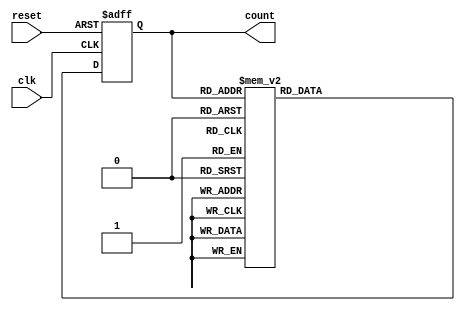
module gray_code_counter (
    input wire clk,
    input wire reset,
    output reg [3:0] count
);

always @(posedge clk or posedge reset) begin
    if (reset) begin
        count <= 4'b0000;
    end else begin
        case(count)
            4'b0000: count <= 4'b0001;
            4'b0001: count <= 4'b0011;
            4'b0011: count <= 4'b0010;
            4'b0010: count <= 4'b0110;
            4'b0110: count <= 4'b0111;
            4'b0111: count <= 4'b0101;
            4'b0101: count <= 4'b0100;
            4'b0100: count <= 4'b1100;
            4'b1100: count <= 4'b1101;
            4'b1101: count <= 4'b1111;
            4'b1111: count <= 4'b1110;
            4'b1110: count <= 4'b1010;
            4'b1010: count <= 4'b1011;
            4'b1011: count <= 4'b1001;
            4'b1001: count <= 4'b1000;
            4'b1000: count <= 4'b0000;
        endcase
    end
end

endmodule